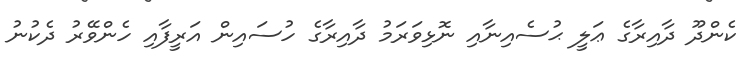
ކެންދޫ ދާއިރާގެ ޢަލީ ޙުސެއިނާއި ނޮޅިވަރަމު ދާއިރާގެ ހުސައިން އަރީފާއި ހެންވޭރު ދެކުނު